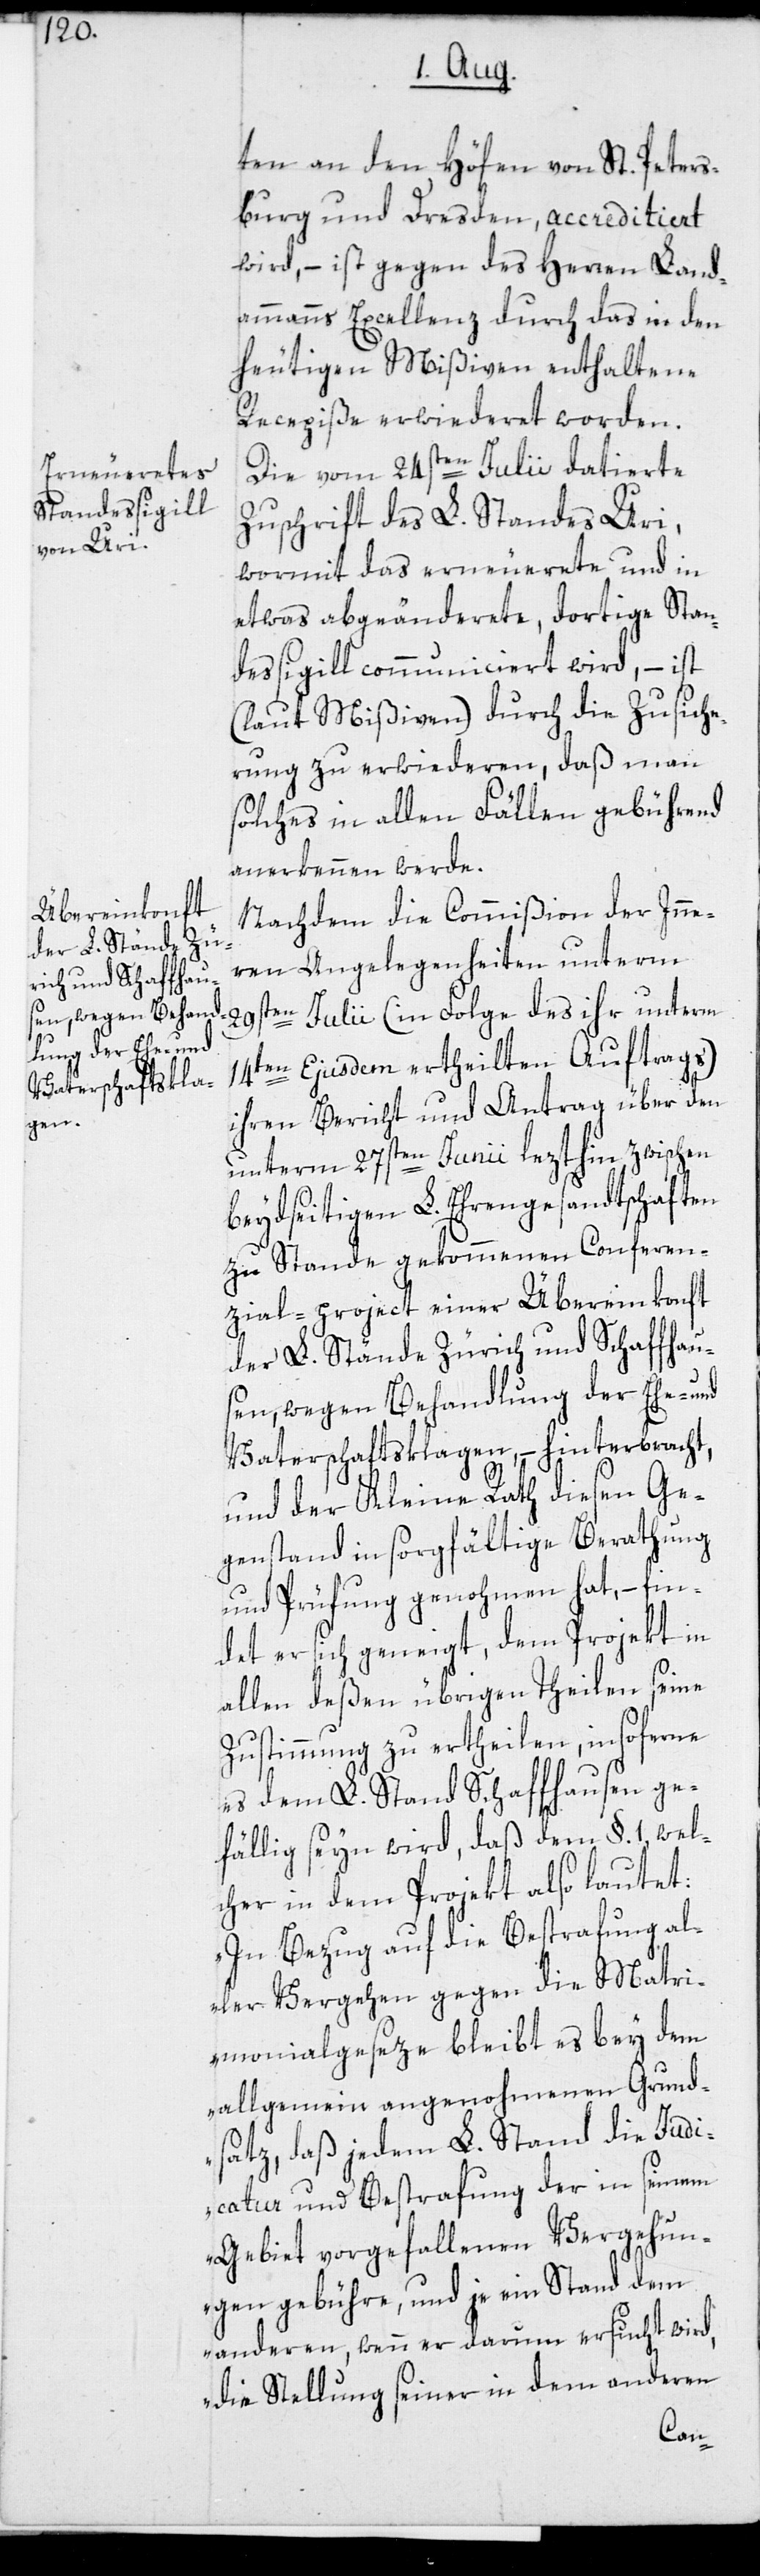
ten an den Höfen von St. Peters¬
burg und Dresden, accreditiert
wird, – ist gegen des Herren Land¬
ammanns Excellenz durch das in den
heutigen Mißiven enthaltene
Recepiße erwiederet worden.
Die vom 24sten Julii datierte
Zuschrift des L. Standes Uri,
wormit das erneuerete und in
etwas abgeänderete, dortige Stan¬
dessigill communiciert wird, – ist
(laut Mißiven) durch die Zusiche¬
rung zu erwiederen, daß man
solches in allen Fällen gebührend
anerkennen werde.
Nachdem die Commißion der Inne¬
ren Angelegenheiten unterm
29sten Julii (in Folge des ihr unterm
14ten Ejusdem ertheilten Auftrags)
ihren Bericht und Antrag über den
unterm 27sten Junii lezthin zwischen
beydseitigen L. Ehrengesandtschaften
zu Stande gekommenen Conferen¬
zial-project einer Übereinkonft
der L. Stände Zürich und Schaffhaus¬
en, wegen Behandlung der Ehe- und
Vaterschaftsklagen, – hinterbracht,
und der Kleine Rath diesen Ge¬
genstand in sorgfältige Berathung
und Prüfung genohmen hat, – fin¬
det er sich geneigt, dem Projekt in
allen deßen übrigen Theilen seine
Zustimmung zu ertheilen, insoferne
es dem L. Stand Schaffhausen ge¬
fällig seyn wird, daß dem §. 1, wel¬
cher in dem Projekt also lautet:
„In Bezug auf die Bestrafung al¬
ler Vergehen gegen die Matri¬
monialgeseze bleibt es bey dem
allgemein angenohmenen Grund¬
satz, daß jedem L. Stand die Judi¬
catur und Bestrafung der in seinem
Gebiet vorgefallenen Vergehun¬
gen gebühre, und je ein Stand dem
anderen, wenn er darum ersucht wird,
die Stellung seiner in dem anderen